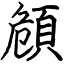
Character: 頠